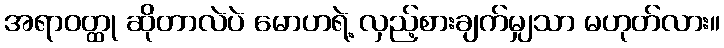
အရာဝတ္ထု ဆိုတာလဲပဲ မောဟရဲ့ လှည့်စားချက်မျှသာ မဟုတ်လား။